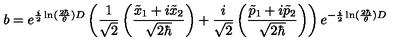
b = e ^ { \frac { i } { 2 } \ln ( \frac { 2 \hbar } { \theta } ) D } \left( \frac { 1 } { \sqrt { 2 } } \left( \frac { \tilde { x } _ { 1 } + i \tilde { x } _ { 2 } } { \sqrt { 2 \hbar } } \right) + \frac { i } { \sqrt { 2 } } \left( \frac { \tilde { p } _ { 1 } + i \tilde { p } _ { 2 } } { \sqrt { 2 \hbar } } \right) \right) e ^ { - \frac { i } { 2 } \ln ( \frac { 2 \hbar } { \theta } ) D }